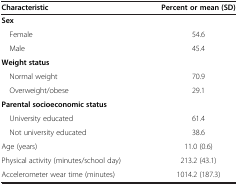
| Characteristic | Percent or mean (SD) |
 | --- | --- |
 | Sex |  |
 | Female | 54.6 |
 | Male | 45.4 |
 | Weight status |  |
 | Normal weight | 70.9 |
 | Overweight/obese | 29.1 |
 | Parental socioeconomic status |  |
 | University educated | 61.4 |
 | Not university educated | 38.6 |
 | Age (years) | 11.0 (0.6) |
 | Physical activity (minutes/school day) | 213.2 (43.1) |
 | Accelerometer wear time (minutes) | 1014.2 (187.3) |